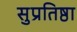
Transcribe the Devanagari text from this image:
सुप्रतिष्ठा